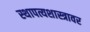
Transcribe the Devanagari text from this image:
स्थापत्यशास्त्रावर